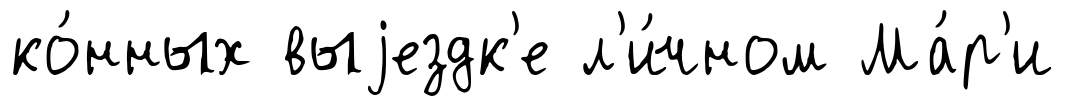
ко́нных выjездк'е л'и́чном Ма́р'и